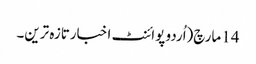
14 مارچ(اُردو پوائنٹ اخبارتازہ ترین۔